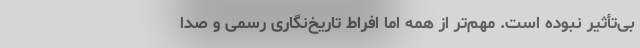
بی‌تأثیر نبوده است. مهم‌تر از همه اما افراط تاریخ‌نگاری رسمی و صدا